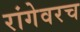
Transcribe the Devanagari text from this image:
रांगेवरच